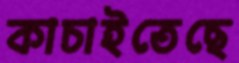
কাচাইতেছে